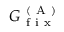
G _ { \mathrm { ~ f ~ i ~ x ~ } } ^ { \mathrm { ~ ( ~ A ~ ) ~ } }